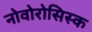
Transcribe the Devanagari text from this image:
नोवोरोसिस्क